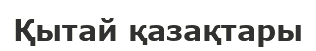
Қытай қазақтары